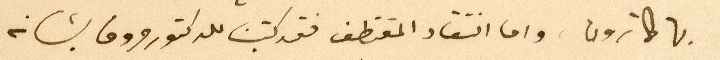
بها كما ترون. واما انتقاد المقتطف فقد كتبت للدكتور صروف بشانه